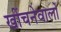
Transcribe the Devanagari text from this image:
खींचनेवालों